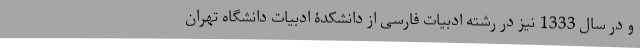
و در سال 1333 نیز در رشته ادبیات فارسی از دانشکدۀ ادبیات دانشگاه تهران